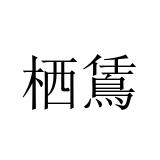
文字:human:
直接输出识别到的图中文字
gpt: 栖鵀